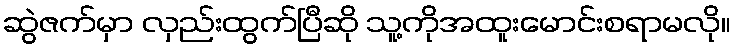
ဆွဲဇက်မှာ လှည်းထွက်ပြီဆို သူ့ကိုအထူးမောင်းစရာမလို။